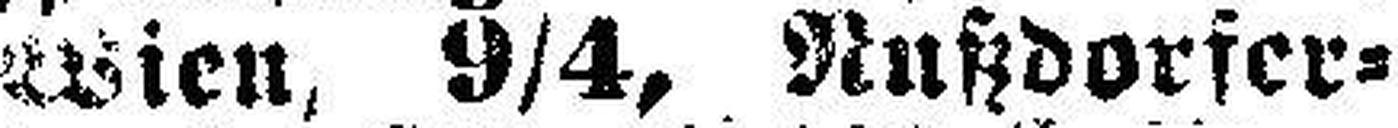
Wien, 9/4, Nutzdorfer¬